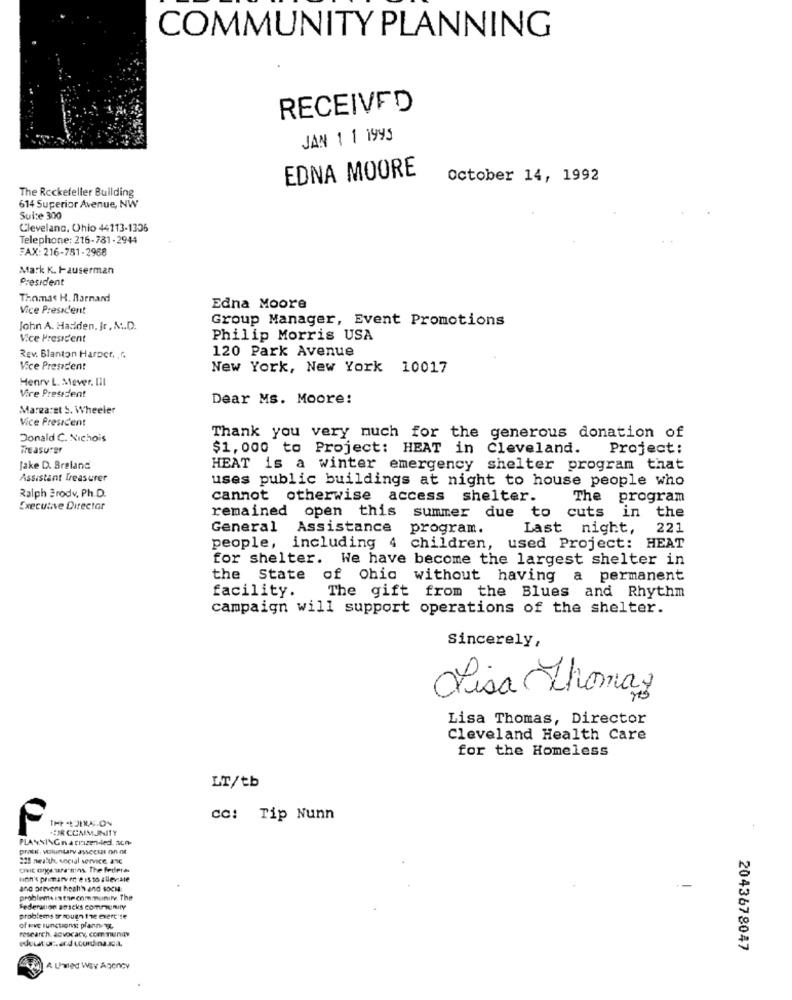
COMMUNITY PLANNING
RECEIVED
JAN 1 1 1995
EDNA MOORE
October 14, 1992
The Rockefeller Building
614 Superior Avenue, NW
Suite 300
Cleveland, Ohio 44113-1336
Telephone: 216-781 -2944
FAX: 216-781-2968
Mark K. Hauserman
President
Thomas H. Barnard
Vice President
Edna Moore
Group Manager, Event Promotions
John A. Hadden, Jr. A.D.
Vice President
Philip Morris USA
120 Park Avenue
Rev. Blanton Harper, . r.
Vice President
New York, New York 10017
Henry L. Mever. III
Vice President
Dear Ms. Moore:
Margaret S. Wheeler
Vice President
Donald C. Nichois
Thank you very much for the generous donation of
Treasurer
$1,000 to Project: HEAT in Cleveland. Project:
Jake D. Breland
HEAT is a winter emergency shelter program that
Assistant Treasurer
uses public buildings at night to house people who
Ralph Brody, Ph .D.
cannot otherwise access shelter.
The program
Executive Director
remained open this summer due to cuts in the
General Assistance program.
Last night,
221
people, including 4 children, used Project: HEAT
for shelter. We have become the largest shelter in
the State of Ohio without having a permanent
facility.
The gift from the Blues and Rhythm
campaign will support operations of the shelter.
Sincerely,
isa Thomas
Lisa Thomas, Director
Cleveland Health Care
for the Homeless
LT/tb
cc: Tip Nunn
F
COR COMMUNITY
PLANNING n a citizen-led. ach
PNtil, voluntary asscesar on nt
228 neatuh, social service. anc
ovic orge we-mins. The federa
ton's primary ro @ 15 to alleviate
and prevent health and soci:
problems istse community. The
Federacion aracks community
problems tr rouen the exercise
research. advocacy, community
of ive Functions: planning.
2043678047
A Umed Way Agency